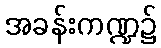
အခန်းကဏ္ဍ၌